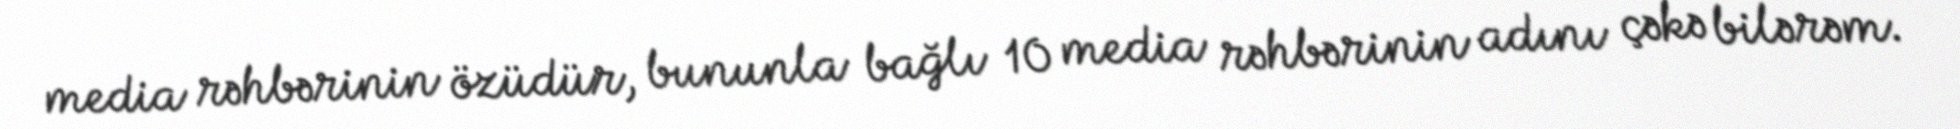
media rəhbərinin özüdür, bununla bağlı 10 media rəhbərinin adını çəkə bilərəm.